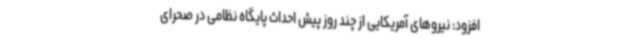
افزود: نیروهای آمریکایی از چند روز پیش احداث پایگاه نظامی در صحرای